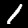
Digit: 1